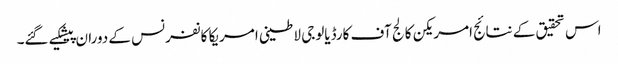
اس تحقیق کے نتائج امریکن کالج آف کارڈیالوجی لاطینی امریکا کانفرنس کے دوران پیشکیے گئے۔